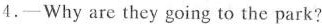
4.—Why are they going to the park?